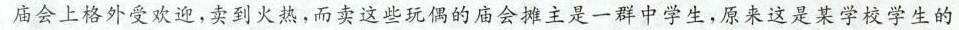
庙会上格外受欢迎，卖到火热，而卖这些玩偶的庙会摊主是一群中学生，原来这是某学校学生的